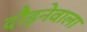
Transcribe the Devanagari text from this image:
दौड़नेवाला